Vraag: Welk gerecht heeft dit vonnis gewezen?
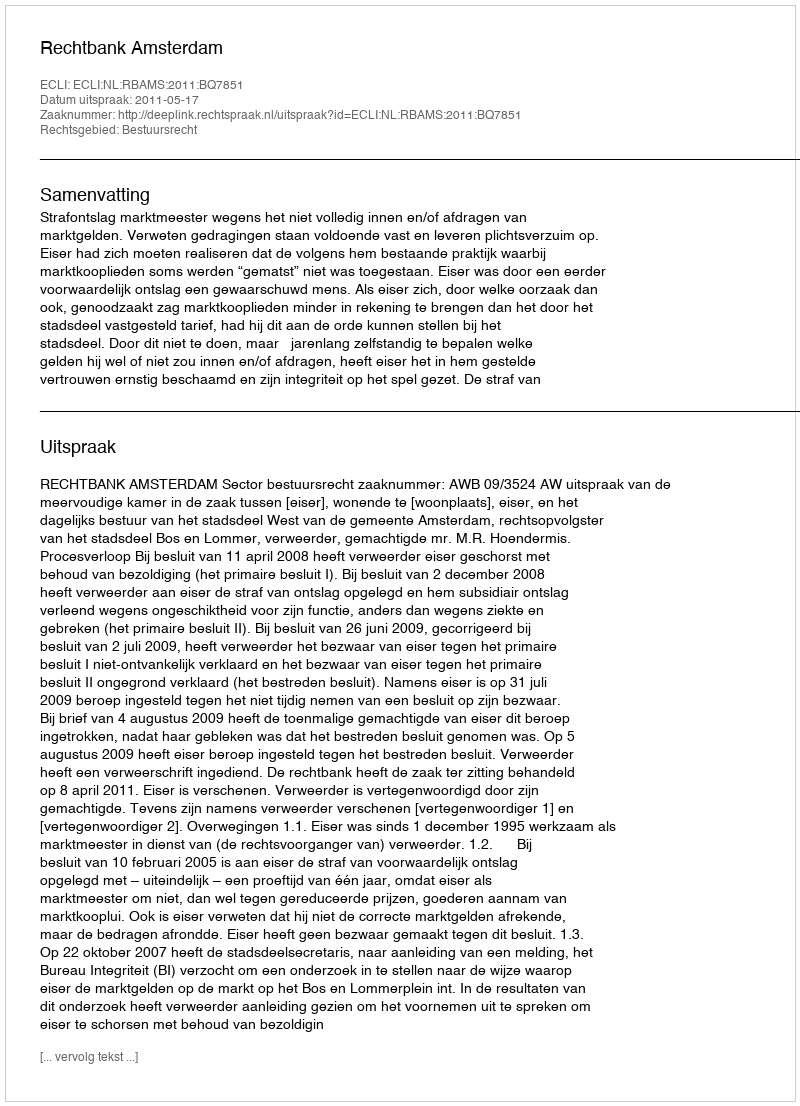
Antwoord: Rechtbank Amsterdam